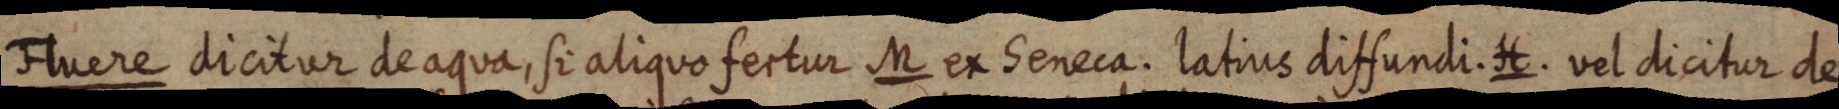
Fluere dicitur de aqua, si aliquo fertur M et Seneca. latius diffundi. H. vel dicitur de